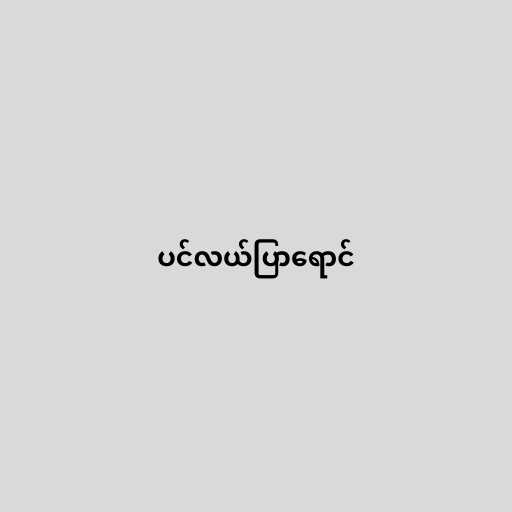
ပင်လယ်ပြာရောင်